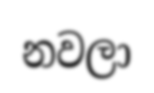
නවලා